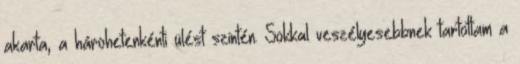
akarta, a hárohetenkénti ülést szintén. Sokkal veszélyesebbnek tartottam a